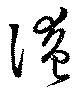
淹